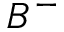
B ^ { - }